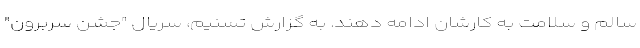
سالم و سلامت به کارشان ادامه دهند. به گزارش تسنیم، سریال "جشن سربرون"